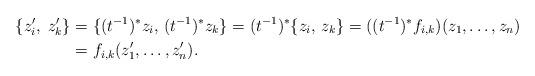
LaTeX: \begin{align*}\{z_i^\prime, \; z_k^\prime\} &= \{(t^{-1})^* z_i, \, (t^{-1})^* z_k\} = (t^{-1})^*\{z_i, \, z_k\}= ((t^{-1})^* f_{i,k})(z_1, \ldots, z_n)\\&= f_{i,k}(z_1^\prime, \ldots, z_n^\prime).\end{align*}